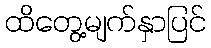
ထိတွေ့မျက်နှာပြင်